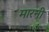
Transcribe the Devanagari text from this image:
मारनी